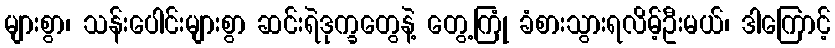
များစွာ၊ သန်းပေါင်းများစွာ ဆင်းရဲဒုက္ခတွေနဲ့ တွေ့ကြုံ ခံစားသွားရလိမ့်ဦးမယ်၊ ဒါကြောင့်